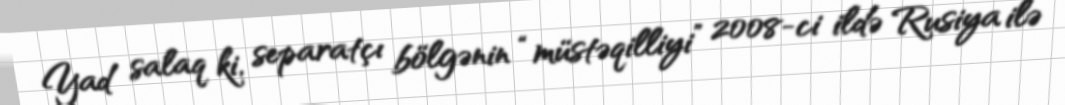
Yad salaq ki, separatçı bölgənin “müstəqilliyi” 2008-ci ildə Rusiya ilə